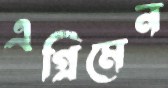
এগ্রিমেন